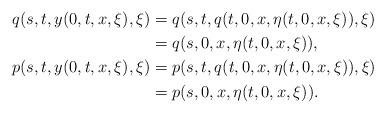
LaTeX: \begin{align*}q(s,t,y(0,t,x,\xi),\xi)&=q(s,t,q(t,0,x,\eta(t,0,x,\xi)),\xi)\\&=q(s,0,x,\eta(t,0,x,\xi)),\\p(s,t,y(0,t,x,\xi),\xi)&=p(s,t,q(t,0,x,\eta(t,0,x,\xi)),\xi)\\&= p(s,0,x,\eta(t,0,x,\xi)).\end{align*}